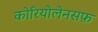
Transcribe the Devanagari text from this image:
कोरियोलेनसफ़